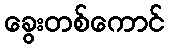
ခွေးတစ်ကောင်